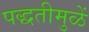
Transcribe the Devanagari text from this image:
पद्धतीमुळें